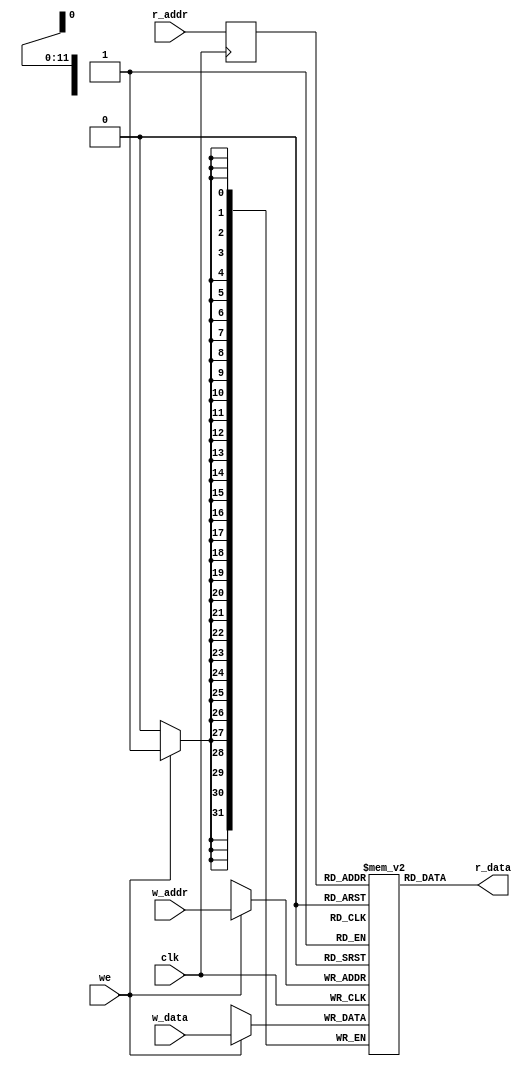
`timescale 1 ns / 1 ps

/*
 * Simple Dual-Port Block RAM with One Clock (write-first)
 */
module ram_w #(
  parameter ADDR_WIDTH = 12,
  parameter DATA_WIDTH = 32,
  parameter WORDS = 4096
) (
  input  wire                  clk,
  input  wire                  we,
  input  wire [ADDR_WIDTH-1:0] r_addr,
  output wire [DATA_WIDTH-1:0] r_data,
  input  wire [ADDR_WIDTH-1:0] w_addr,
  input  wire [DATA_WIDTH-1:0] w_data
);

  (* ram_style = "BLOCK" *) reg [DATA_WIDTH-1:0] ram [WORDS-1:0];
  reg [ADDR_WIDTH-1:0] read_addr;

  integer i;
  initial begin
    for (i=0; i<WORDS; i=i+1) begin
      ram[i] = 0;
    end
  end

  always @(posedge clk) begin
    if (we) ram[w_addr] <= w_data;
  end

  always @(posedge clk) begin
    read_addr <= r_addr;
  end

  assign r_data = ram[read_addr];

endmodule